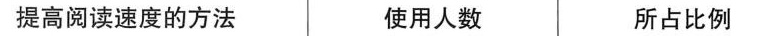
提高阅读速度的方法 使用人数 所占比例